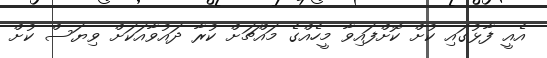
އެއީ ފާޅުގައި ކުށް ކޮށްފައިވާ މީހެއްގެ މައްޗަށް ކުރާ ދައުވާއަކަށް ވިޔަސް ކުށް